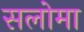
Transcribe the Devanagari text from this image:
सलोमा